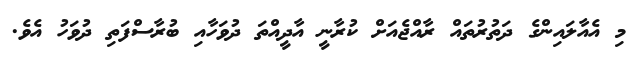
މި އެއާލައިންގެ ދަތުރުތައް ރާއްޖެއަށް ކުރާނީ އާދީއްތަ ދުވަހާއި ބުރާސްފަތި ދުވަހު އެވެ.